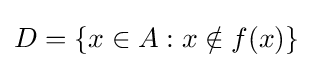
D=\{x\in A:x\notin f(x)\}